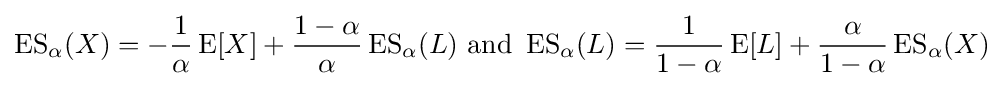
\operatorname {ES} _{\alpha }(X)=-{\frac {1}{\alpha }}\operatorname {E} [X]+{\frac {1-\alpha }{\alpha }}\operatorname {ES} _{\alpha }(L){\text{ and }}\operatorname {ES} _{\alpha }(L)={\frac {1}{1-\alpha }}\operatorname {E} [L]+{\frac {\alpha }{1-\alpha }}\operatorname {ES} _{\alpha }(X)